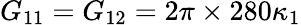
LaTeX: G_{11}=G_{12}=2\pi\times 280\kappa_{1}